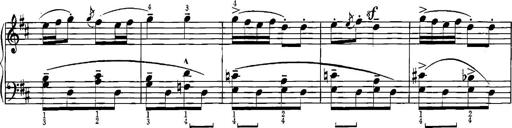
Title: Sonatina for Piano
Composer: BÃ©la BartÃ³k